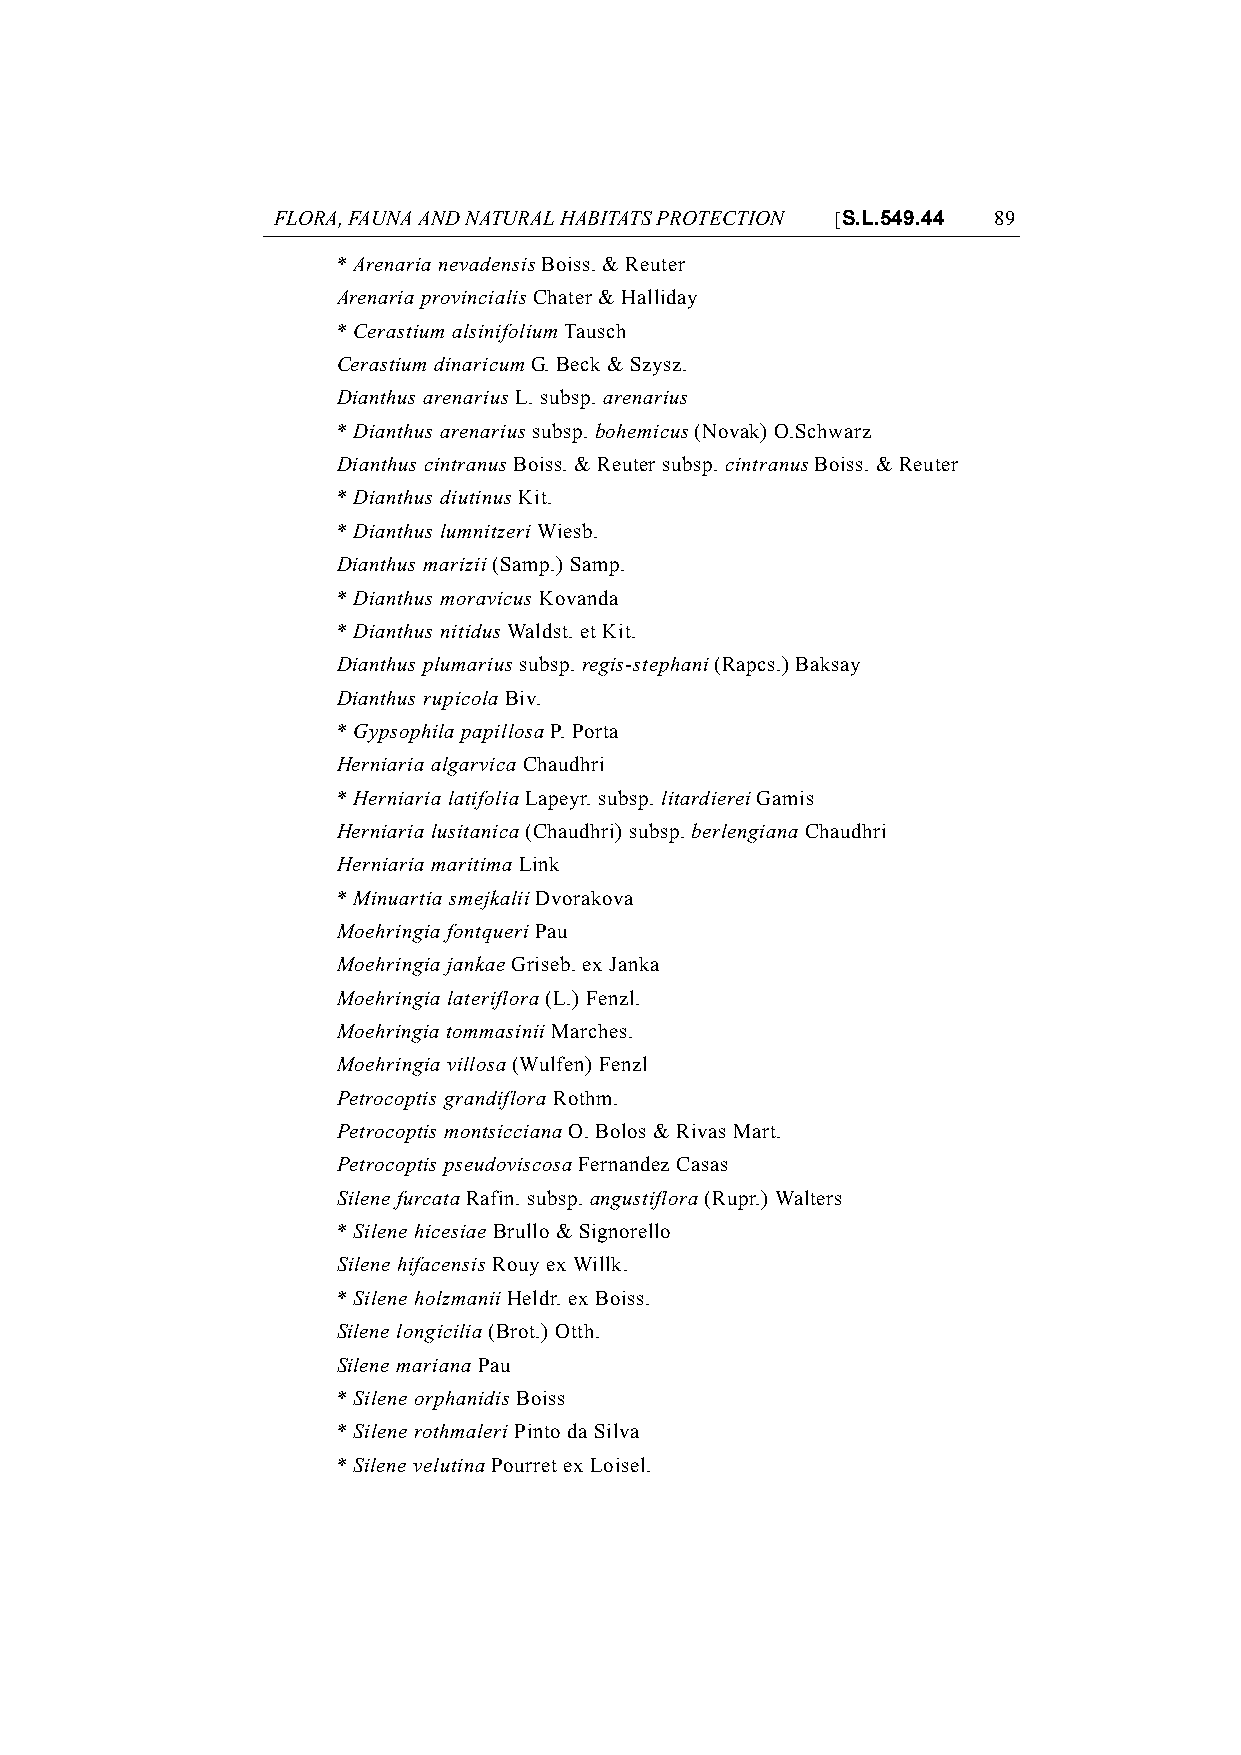
FLORA, FAUNA AND NATURAL HABITATS PROTECTION [S.L.549.44 89
 * Arenaria nevadensis Boiss. & Reuter
 Arenaria provincialis Chater & Halliday
 * Cerastium alsinifolium Tausch
 Cerastium dinaricum G. Beck & Szysz.
 Dianthus arenarius L. subsp. arenarius
 * Dianthus arenarius subsp. bohemicus (Novak) O.Schwarz
 Dianthus cintranus Boiss. & Reuter subsp. cintranus Boiss. & Reuter
 * Dianthus diutinus Kit.
 * Dianthus lumnitzeri Wiesb.
 Dianthus marizii (Samp.) Samp.
 * Dianthus moravicus Kovanda
 * Dianthus nitidus Waldst. et Kit.
 Dianthus plumarius subsp. regis-stephani (Rapcs.) Baksay
 Dianthus rupicola Biv.
 * Gypsophila papillosa P. Porta
 Herniaria algarvica Chaudhri
 * Herniaria latifolia Lapeyr. subsp. litardierei Gamis
 Herniaria lusitanica (Chaudhri) subsp. berlengiana Chaudhri
 Herniaria maritima Link
 * Minuartia smejkalii Dvorakova
 Moehringia fontqueri Pau
 Moehringia jankae Griseb. ex Janka
 Moehringia lateriflora (L.) Fenzl.
 Moehringia tommasinii Marches.
 Moehringia villosa (Wulfen) Fenzl
 Petrocoptis grandiflora Rothm.
 Petrocoptis montsicciana O. Bolos & Rivas Mart.
 Petrocoptis pseudoviscosa Fernandez Casas
 Silene furcata Rafin. subsp. angustiflora (Rupr.) Walters
 * Silene hicesiae Brullo & Signorello
 Silene hifacensis Rouy ex Willk.
 * Silene holzmanii Heldr. ex Boiss.
 Silene longicilia (Brot.) Otth.
 Silene mariana Pau
 * Silene orphanidis Boiss
 * Silene rothmaleri Pinto da Silva
 * Silene velutina Pourret ex Loisel.